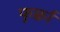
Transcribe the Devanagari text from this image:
फुर्क्वाँ